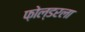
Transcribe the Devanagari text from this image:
फ़ोल्डरला